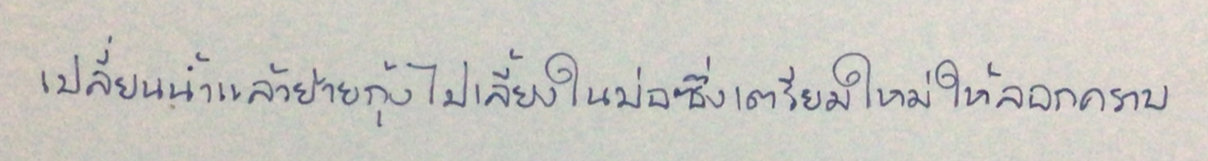
เปลี่ยนน้ำแล้วย้ายกุ้งไปเลี้ยงในบ่อซึ่งเตรียมใหม่ให้ลอกคราบ